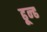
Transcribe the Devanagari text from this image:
ढून्ढ